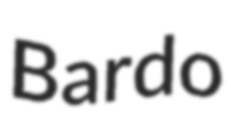
Bardo